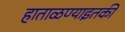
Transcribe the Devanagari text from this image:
हाताळण्याइतकी